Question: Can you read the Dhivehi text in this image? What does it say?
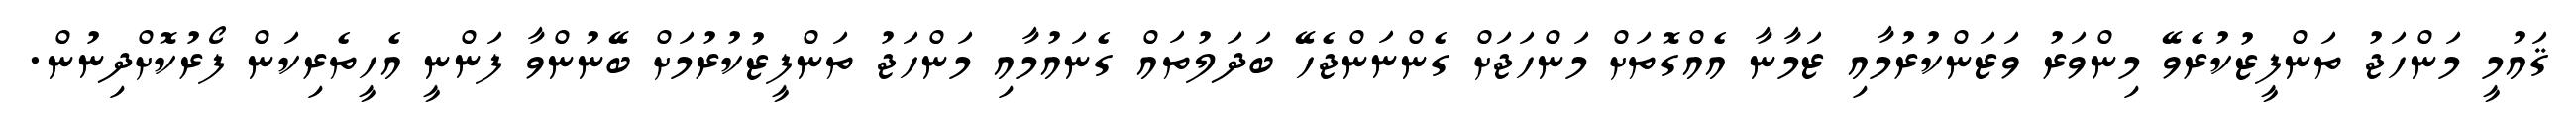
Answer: ޤައުމީ މަންހަޖު ތަންފީޒުކުރެވޭ މިންވަރު ވަޒަންކުރުމާއި ޒަމާނާ އެއްގޮތަށް މަންހަޖަށް ގެންނަންޖެހޭ ބަދަލުތައް ގެނައުމާއި މަންހަޖު ތަންފީޒުކުރުމަށް ބޭނުންވާ ފަންނީ އެހީތެރިކަން ފޯރުކޮށްދިނުން.